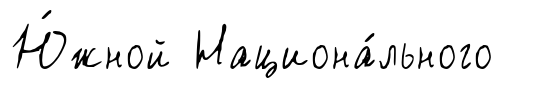
Ю́жной Национа́льного